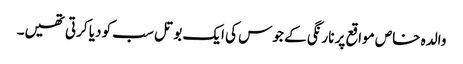
والدہ خاص مواقع پر نارنگی کے جوس کی ایک بوتل سب کو دیا کرتی تھیں۔